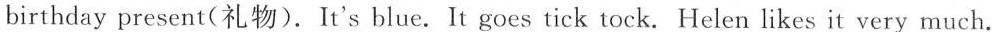
birthday present(礼物).It's blue. It goes tick tock. Helen likes it very much.